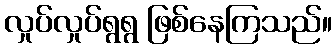
လှုပ်လှုပ်ရွရွ ဖြစ်နေကြသည်။